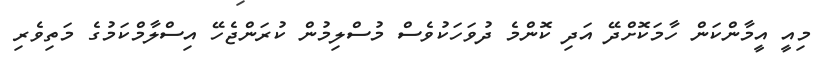
މިއީ އީމާންކަން ހާމަކޮށްދޭ އަދި ކޮންމެ ދުވަހަކުވެސް މުސްލިމުން ކުރަންޖެހޭ އިސްލާމްކަމުގެ މަތިވެރި